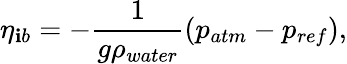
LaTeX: \eta_{\mathbf{i}b}=-\frac{{1}}{{g\rho_{water}}}(p_{atm}-p_{ref}),